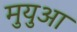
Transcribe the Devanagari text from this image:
मुयुआ